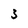
Character: 3